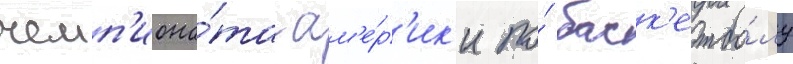
чемп'иона́та ам'е́р'ик'и по́ баск'етбо́лу